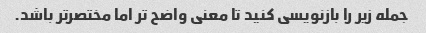
جمله زیر را بازنویسی کنید تا معنی واضح تر اما مختصرتر باشد.